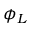
\phi _ { L }